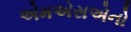
એમએસએનો